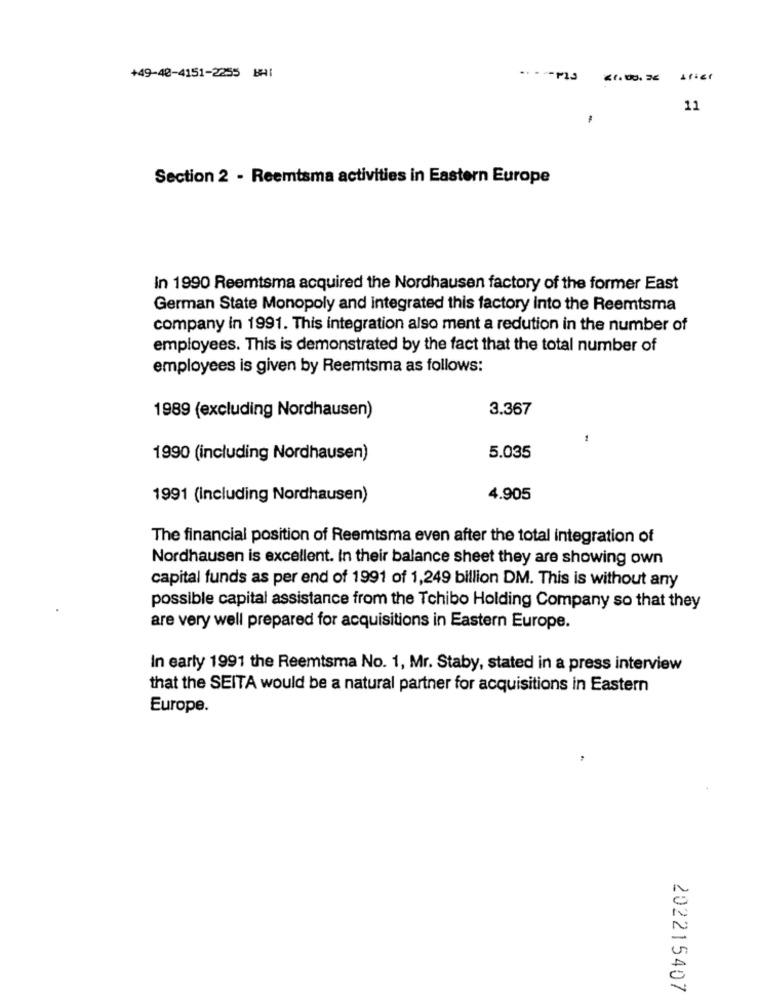
+49-48-4151-2255 BHI
11
Section 2 - Reemtsma activities in Eastern Europe
In 1990 Reemtsma acquired the Nordhausen factory of the former East
German State Monopoly and integrated this factory into the Reemtsma
company in 1991. This integration also ment a redution in the number of
employees. This is demonstrated by the fact that the total number of
employees is given by Reemtsma as follows:
3.367
1989 (excluding Nordhausen)
1990 (including Nordhausen)
5.035
1991 (Including Nordhausen)
4.905
The financial position of Reemtsma even after the total integration of
Nordhausen is excellent. In their balance sheet they are showing own
capital funds as per end of 1991 of 1,249 billion DM. This is without any
possible capital assistance from the Tchibo Holding Company so that they
are very well prepared for acquisitions in Eastern Europe.
In early 1991 the Reemtsma No. 1, Mr. Staby, stated in a press interview
that the SEITA would be a natural partner for acquisitions in Eastern
Europe.
202215407